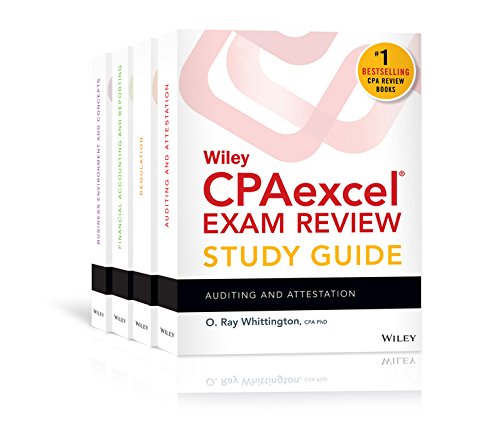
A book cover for Wiley CPAexcel Exam Review 2016 Study Guide January:  Set (Wiley Cpa Exam Review); O. Ray Whittington; Test Preparation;